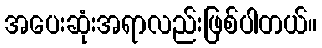
အပေးဆုံးအရာလည်းဖြစ်ပါတယ်။